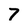
Character: 7